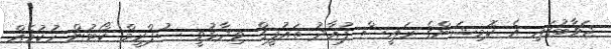
ޖަވާބުގައި އެ ކޮމިޝަންގެ ރައީސް ފުއާދު ތައުފީގް ވިދާޅުވީ ސުޕްރީމް ކޯޓުން ހުކުމެއް